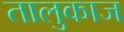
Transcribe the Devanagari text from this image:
तालुकाज